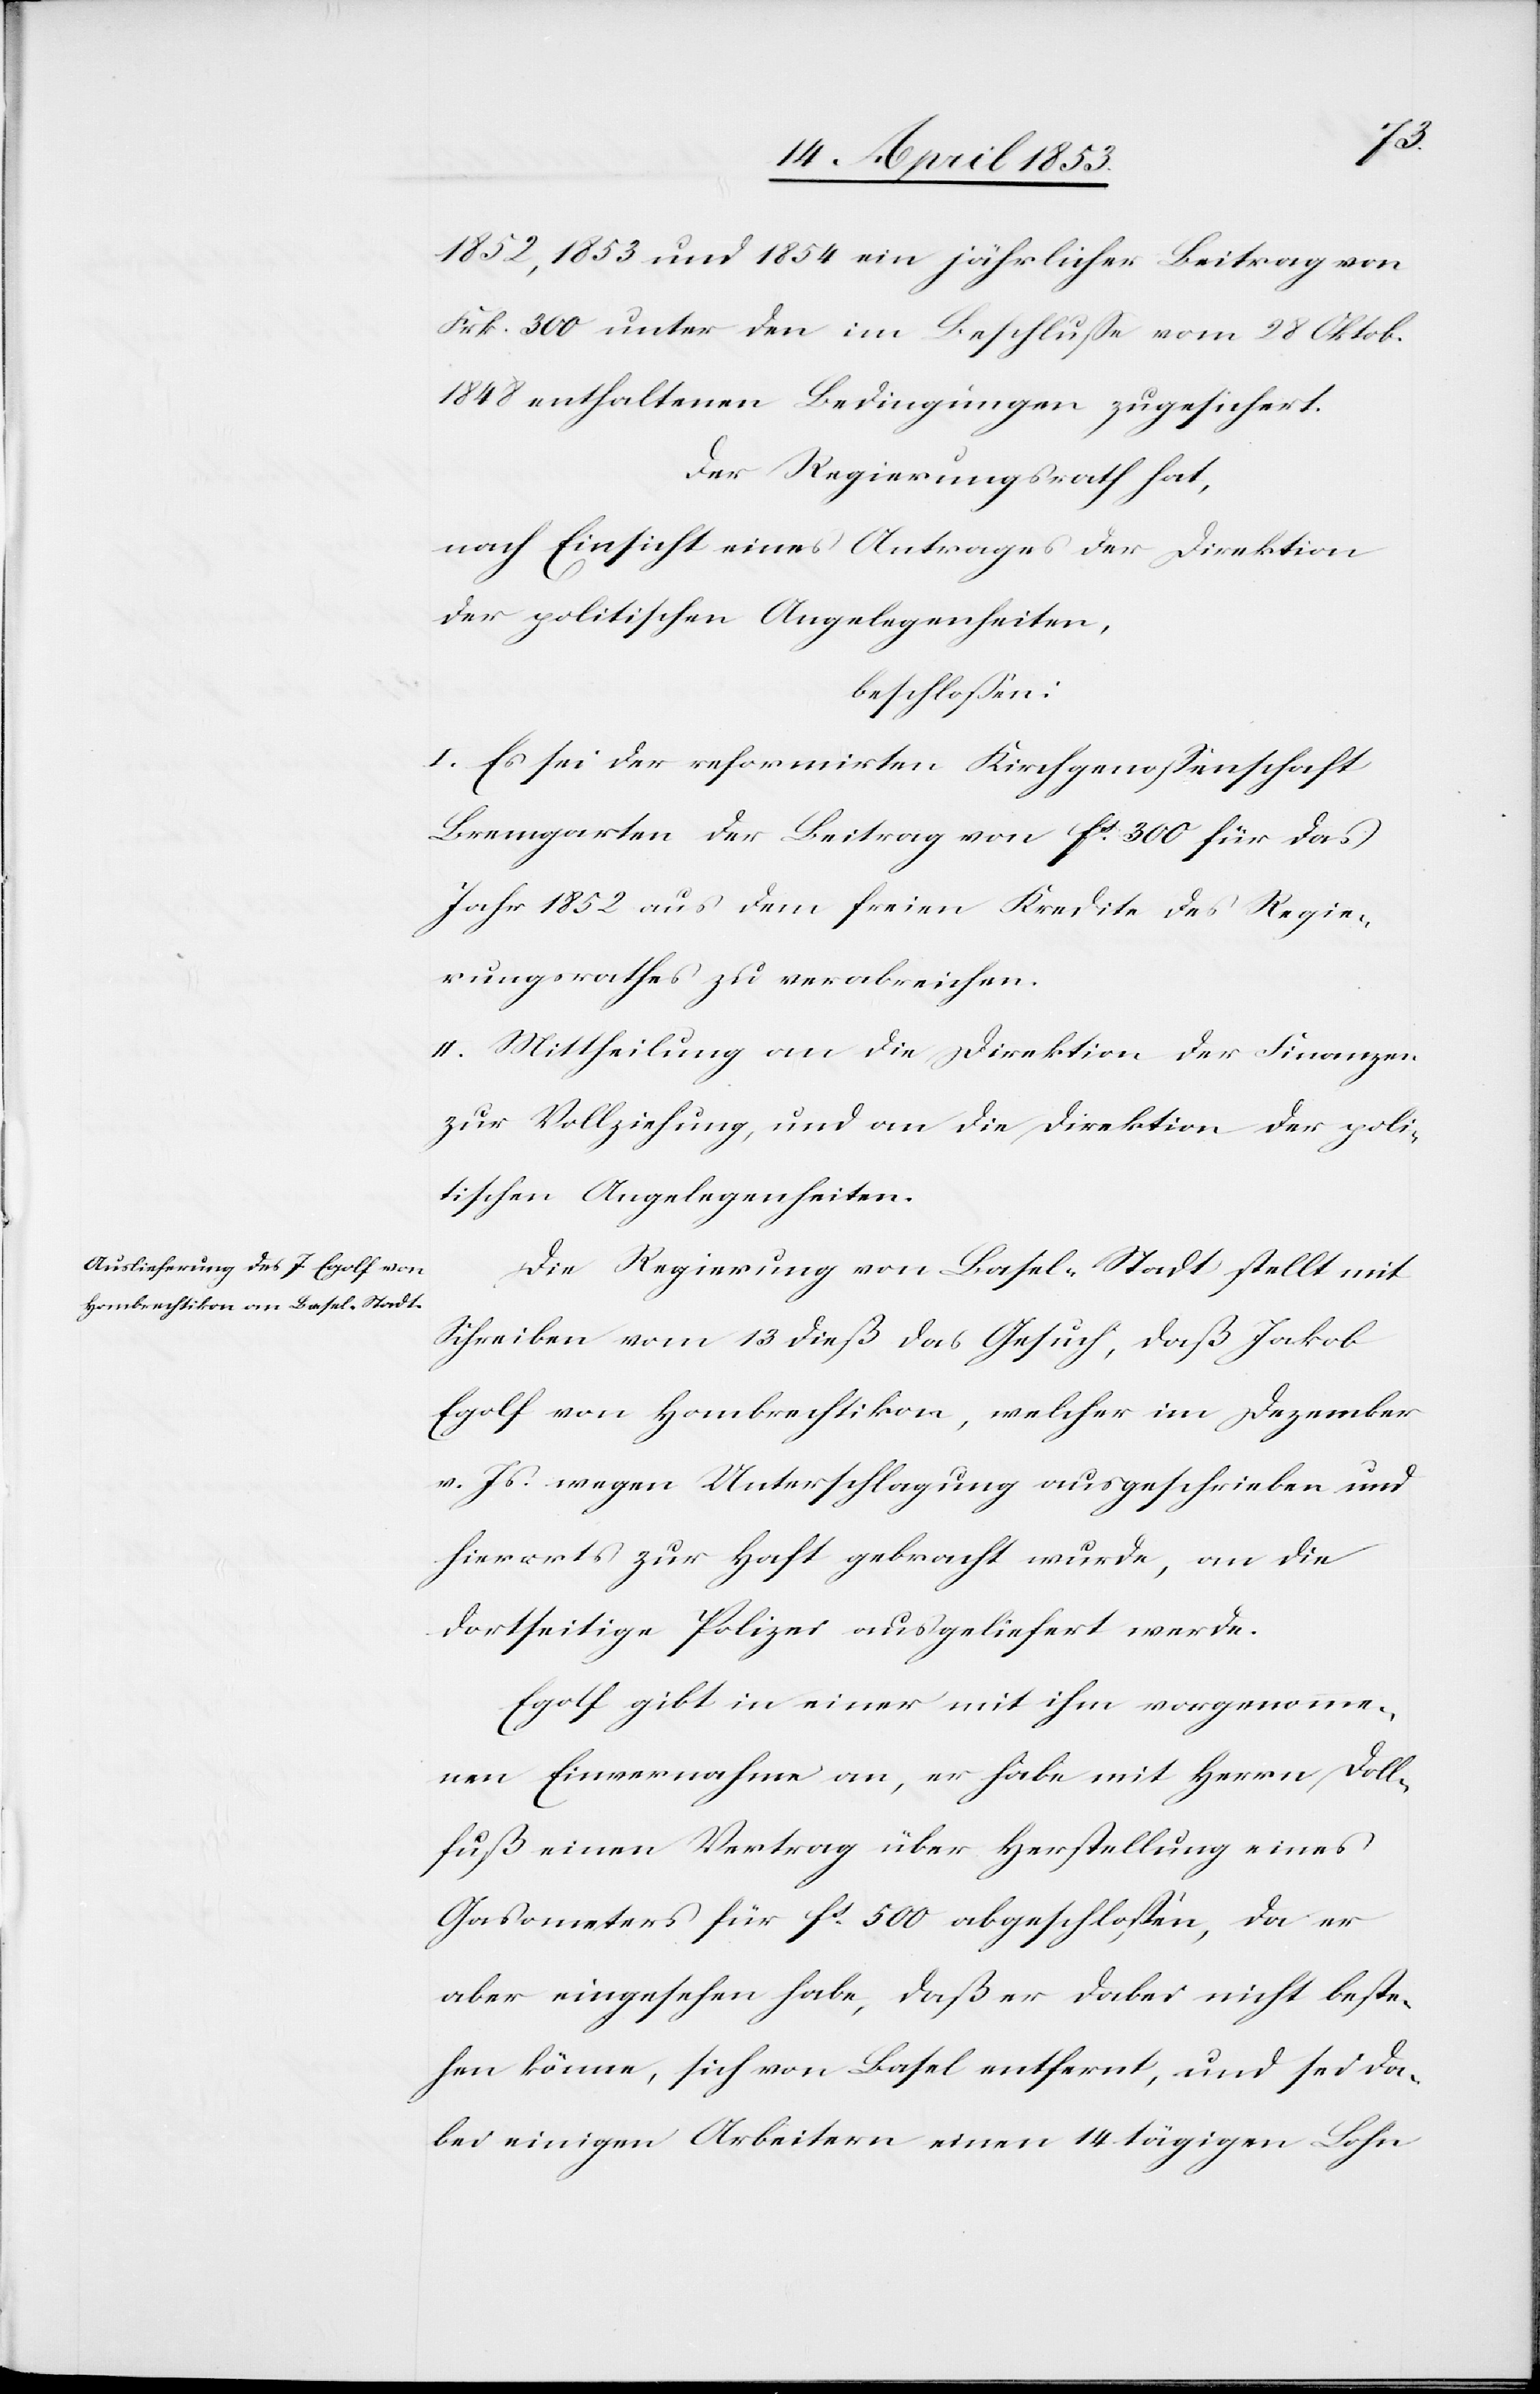
1852, 1853 und 1854 ein jährlicher Beitrag von
Frk. 300 unter den im Beschluße vom 28 Oktob.
1848 enthaltenen Bedingungen zugesichert.
Der Regierungsrath hat,
nach Einsicht eines Antrages der Direktion
der politischen Angelegenheiten,
beschloßen:
I. Es sei der reformirten Kirchengenoßenschaft
Bremgarten der Beitrag von fs 300 für das
Jahr 1852 aus dem freien Kredite des Regie¬
rungsrathes zu verabreichen.
II. Mittheilung an die Direktion der Finanzen,
zur Vollziehung, und an die Direktion der poli¬
tischen Angelegenheiten.
Die Regierung von Basel-Stadt stellt mit
Schreiben vom 13 dieß das Gesuch, daß Jakob
Egolf von Hombrechtikon, welcher im Dezember
v. Js. wegen Unterschlagung ausgeschrieben und
hierorts zur Haft gebracht wurde, an die
dortseitige Polizei ausgeliefert werde.
Egolf gibt in einer mit ihm vorgenomme¬
nen Einvernahme an, er habe mit Herrn Doll¬
fuß einen Vertrag über Herstellung eines
Gasometers für fs. 500 abgeschloßen, da er
aber eingesehen habe, daß er dabei nicht beste¬
hen könne, sich von Basel entfernt, und sei da¬
bei einigen Arbeitern einen 14 tägigen Lohn